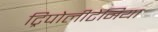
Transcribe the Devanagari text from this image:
ट्रिपोलीटेनिया